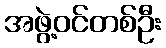
အဖွဲ့ဝင်တစ်ဦး